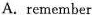
A.remember